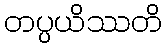
တပ္ပယိဿတိ